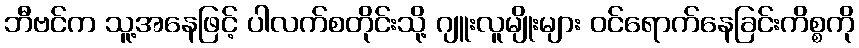
ဘီဗင်က သူ့အနေဖြင့် ပါလက်စတိုင်းသို့ ဂျူးလူမျိုးများ ဝင်ရောက်နေခြင်းကိစ္စကို